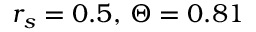
r _ { s } = 0 . 5 , \, \Theta = 0 . 8 1